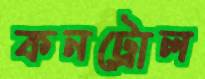
কনট্রোল